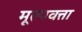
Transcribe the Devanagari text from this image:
मूल्यवत्ता